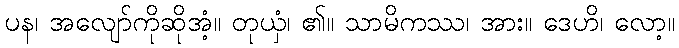
ပန၊ အလျော်ကိုဆိုအံ့။ တုယှံ၊ ၏။ သာမိကဿ၊ အား။ ဒေဟိ၊ လော့။